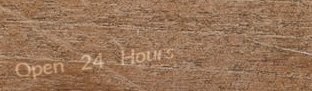
Open 24 Hours